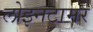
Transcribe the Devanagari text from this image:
लोइनटामर